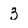
Character: 3